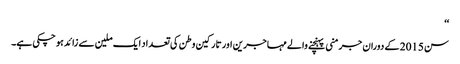
‘‘
سن 2015 کے دوران جرمنی پہنچنے والے مہاجرین اور تارکین وطن کی تعداد ایک ملین سے زائد ہو چکی ہے۔